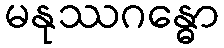
မနုဿဂန္ဓော